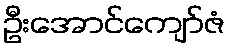
ဦးအောင်ကျော်ဇံ